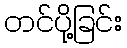
တင်ပို့ခြင်း